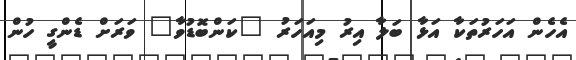
އެހެން އަހަރުތަކާ އަޅާ ބަލާ އިރު މިއަހަރު "ކަންބޮޑުވާ" ވަރަށް ޑެންގީ ހުން